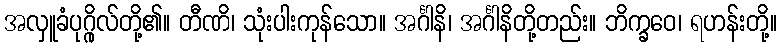
အလှူခံပုဂ္ဂိုလ်တို့၏။ တီဏိ၊ သုံးပါးကုန်သော။ အင်္ဂါနိ၊ အင်္ဂါနိတို့တည်း။ ဘိက္ခဝေ၊ ရဟန်းတို့။